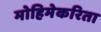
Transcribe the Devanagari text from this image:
मोहिमेकरिता